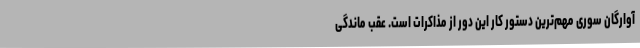
آوارگان سوری مهم‌ترین دستور کار این دور از مذاکرات است. عقب ماندگی